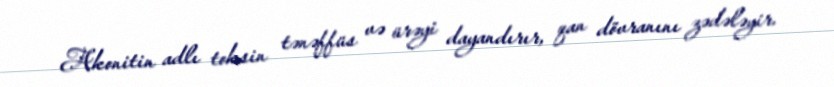
Akonitin adlı toksin tənəffüs və ürəyi dayandırır, qan dövranını zədələyir.